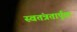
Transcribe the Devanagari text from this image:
स्वतंत्रतार्पूक